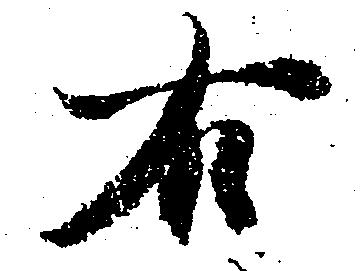
右